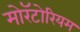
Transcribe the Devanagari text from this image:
मोरॅटोरियम